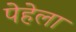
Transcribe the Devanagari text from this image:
पेहेला